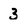
Character: 3